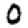
Digit: 0